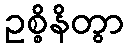
ဥစ္စိနိတွာ